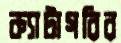
ক্যাটাগরির